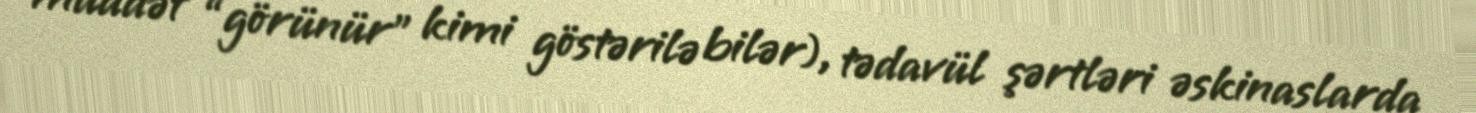
müddət “görünür” kimi göstərilə bilər), tədavül şərtləri əskinaslarda